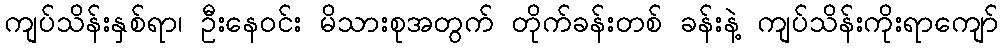
ကျပ်သိန်းနှစ်ရာ၊ ဦးနေဝင်း မိသားစုအတွက် တိုက်ခန်းတစ် ခန်းနဲ့ ကျပ်သိန်းကိုးရာကျော်